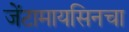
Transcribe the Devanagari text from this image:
जेंटामायसिनचा